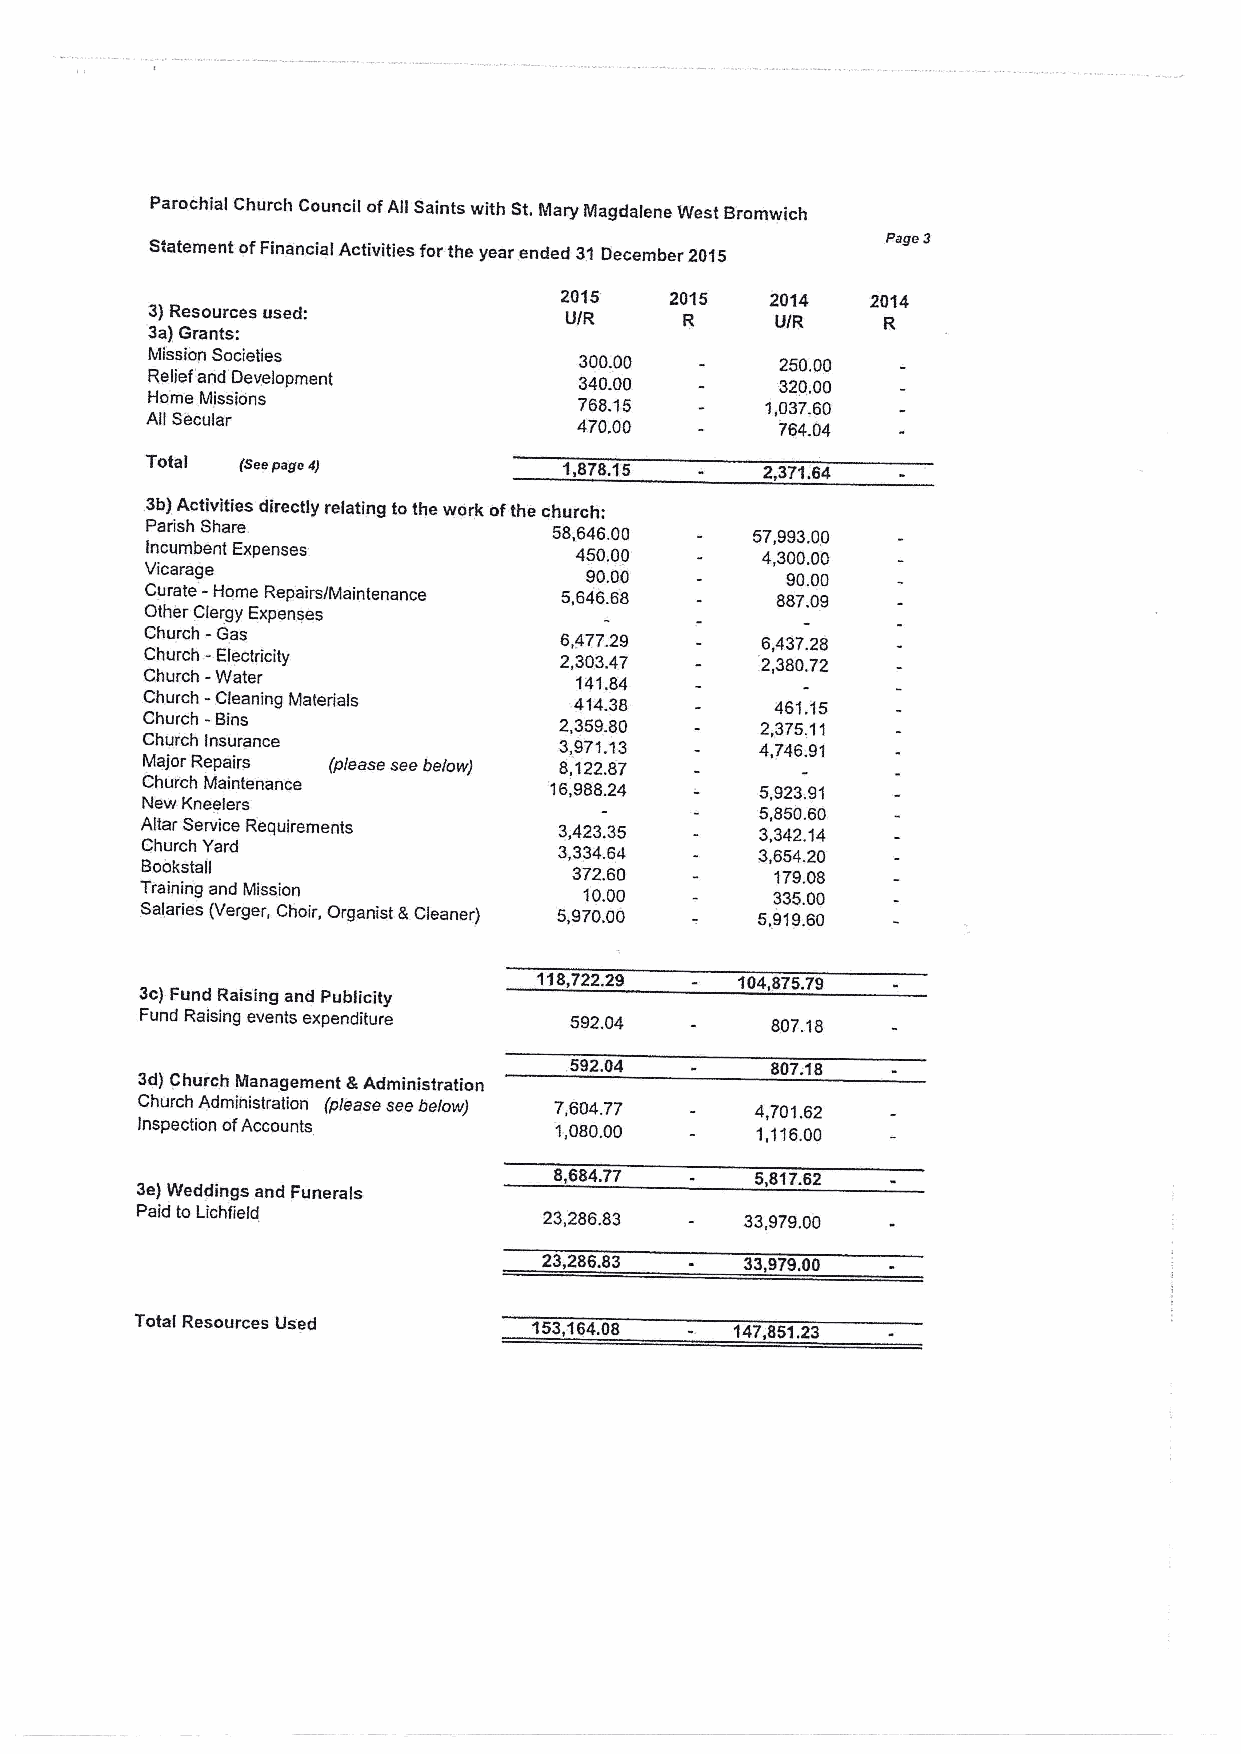
Parochial Church Council ofAll Saints with St.Mary Magdalene West Bromwich
 Page 3
 Statement ofFinancial Activities forthe year ended 31December 2015
 2015'  2015   2014   2014
 3)Resources used:
 U/R     R     U/R    R
 3a)Grants:
 Mission Societies           300.00        250.00
 Relief'and Development      340.00       :320,00
 Horne Missions              768.15       1,037.60
 All Secular                 470.00        764.04
 Total (seepage 4)          1,878.15     2,371.64
 .3b)Activities directly relating tothe work ofthe church:
 Parish Share               58,646.00    57,993.00
 incumbent Expenses          450.00      4,300.00
 Vicarage -                   90.00        90.00
 Curate Home Repairs/Maintenance 5,646.68 887.09
 Other Clergy Expenses
 CC C hh h uu u rr r cc c hh h - -- WG Ela e as c tetr ricity 6 2,,4 3 17 0 47 3 1. A .2 87 49 6 2,,4 33 87 0. .2 78 2
 Church - Cleaning Materials  414.38       461,15
 Church - Bins               2,359SQ      2,375,11
 Church Insurance            -3,971.13    4,746.91
 Major Repairs (please see below) 8,122.87
 Church Maintenance         16,988.24     5,923.91
 New Kneelers
 5,850.60
 Altar Service Requirements  3,423.35     3,342.14
 Church Yard                 3,334.64     3,654.20
 Bookstall                    372.60       179.08
 Training and Mission          10.00       335.00
 Salaries (Verger, Choir, Organist 8 Cleaner) 5,970.00 5,919.60
 118,722.29 - 104,8?5.?9
 3c)Fund Raising and Publicity
 Fund Raising events expenditure 592.04    807.18
 .592.04       807.18
 3d) Church Management 8 Administration
 Church Administration (please see below) 7,604.77 4,701.62
 inspection ofAccounts       1,080.00     1,116.00
 8,684.7? -   5,81?.62
 3e)Weddings and Funerals
 Paid to Lichfield          23,286.83    33,979.00
 23,286.83 -  33,979.00
 Total Resources Us'ed     153,164.08 -  147,851.23